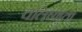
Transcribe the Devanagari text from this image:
चलिष्णुता